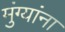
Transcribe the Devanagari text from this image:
मुंग्यांना